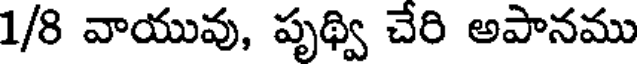
1/8 వాయువు, పృథ్వి చేరి అపానము